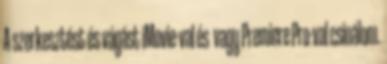
A szerkesztést és vágást iMovie-val és vagy Premiere Pro-val csinálom.